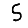
Digit: 5